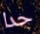
حدا